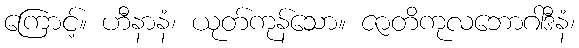
ကြောင့်။ ဟီနာနံ၊ ယုတ်ကုန်သော။ ဇာတိကုလဘောဂါဒီနံ၊